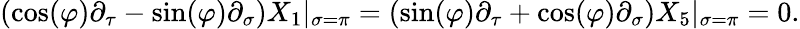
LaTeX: \left(\cos(\varphi)\partial_{\tau}-\sin(\varphi)\partial_{\sigma}\right)X_{1}|_{\sigma=\pi}=\left(\sin(\varphi)\partial_{\tau}+\cos(\varphi)\partial_{\sigma}\right)X_{5}|_{\sigma=\pi}=0.